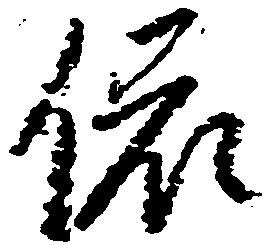
依